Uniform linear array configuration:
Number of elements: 32
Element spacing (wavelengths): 0.5
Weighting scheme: binomial
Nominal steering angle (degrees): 45
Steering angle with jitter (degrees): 46.023
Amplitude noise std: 0.05
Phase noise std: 0.05

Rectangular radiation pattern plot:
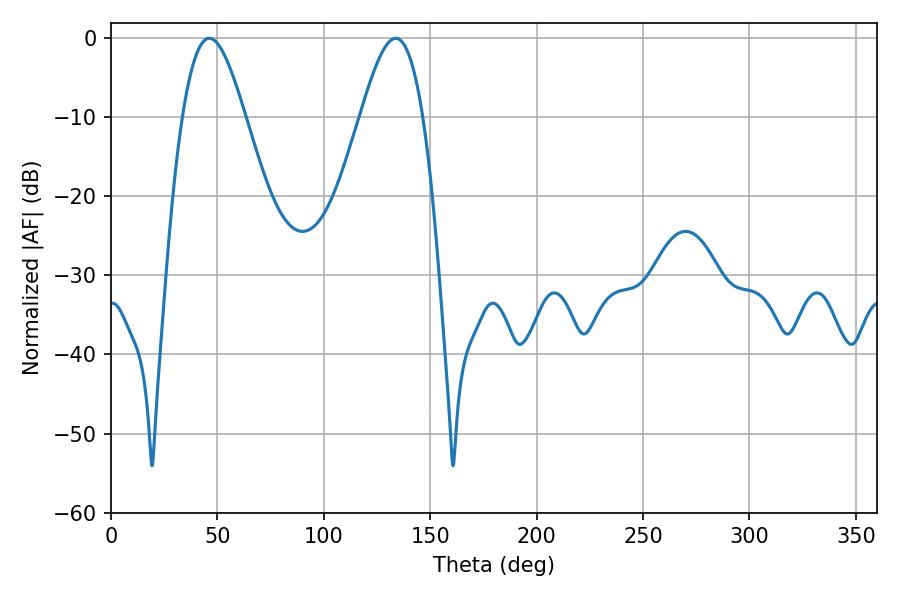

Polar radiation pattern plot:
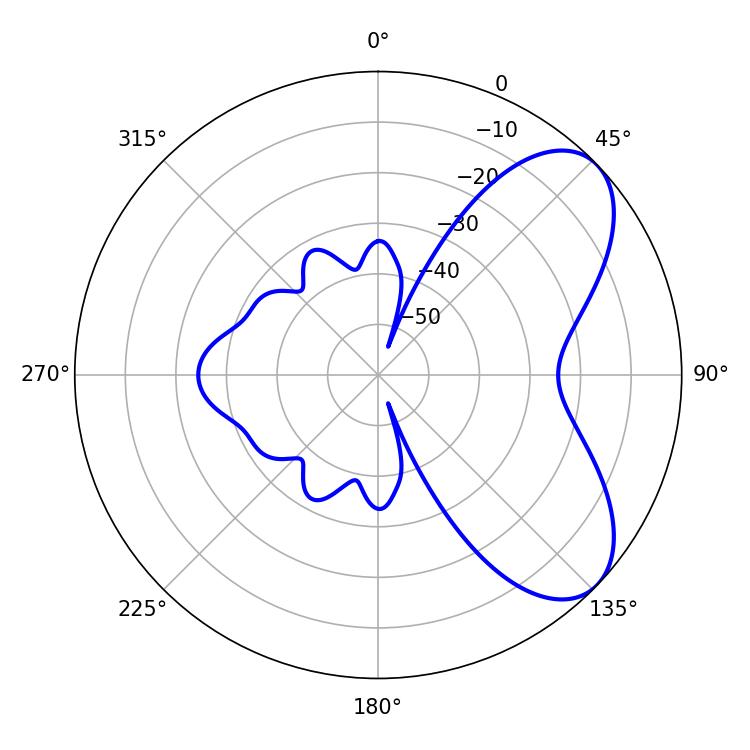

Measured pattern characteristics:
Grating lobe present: FALSE
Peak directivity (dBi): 6.55
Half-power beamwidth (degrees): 15.66
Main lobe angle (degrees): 46.26